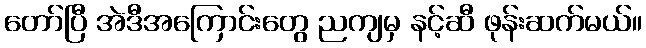
တော်ပြီ အဲဒီအကြောင်းတွေ ညကျမှ နင့်ဆီ ဖုန်းဆက်မယ်။